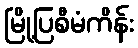
မြို့ပြစီမံကိန်း